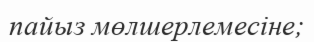
пайыз мөлшерлемесіне;